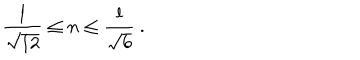
LaTeX: { \frac { l } { \sqrt { 1 2 } } } \leq n \leq { \frac { l } { \sqrt { 6 } } } \ .